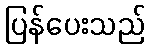
ပြန်ပေးသည်